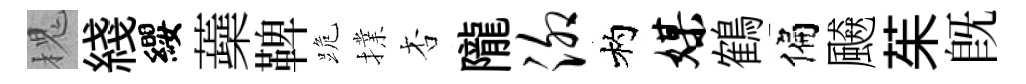
槐綫纓蘃鞞跪擈杏隴泖杓媒鶴偏飇茱既